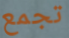
تجمع